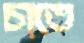
চাতে